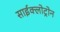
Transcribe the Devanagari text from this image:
साईक्लोट्रोन